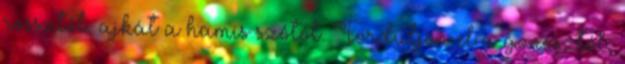
rossztól, ajkát a hamis szótól. Forduljon el a gonosztól,